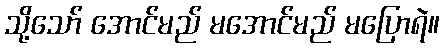
သို့သော် အောင်မည် မအောင်မည် မပြောရဲ။